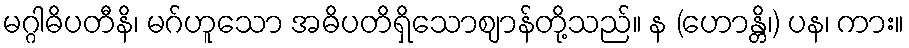
မဂ္ဂါဓိပတီနိ၊ မဂ်ဟူသော အဓိပတိရှိသောဈာန်တို့သည်။ န (ဟောန္တိ၊) ပန၊ ကား။